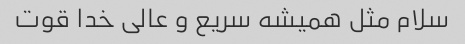
سلام مثل همیشه سریع و عالی خدا قوت